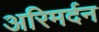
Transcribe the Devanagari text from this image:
अरिमर्दन